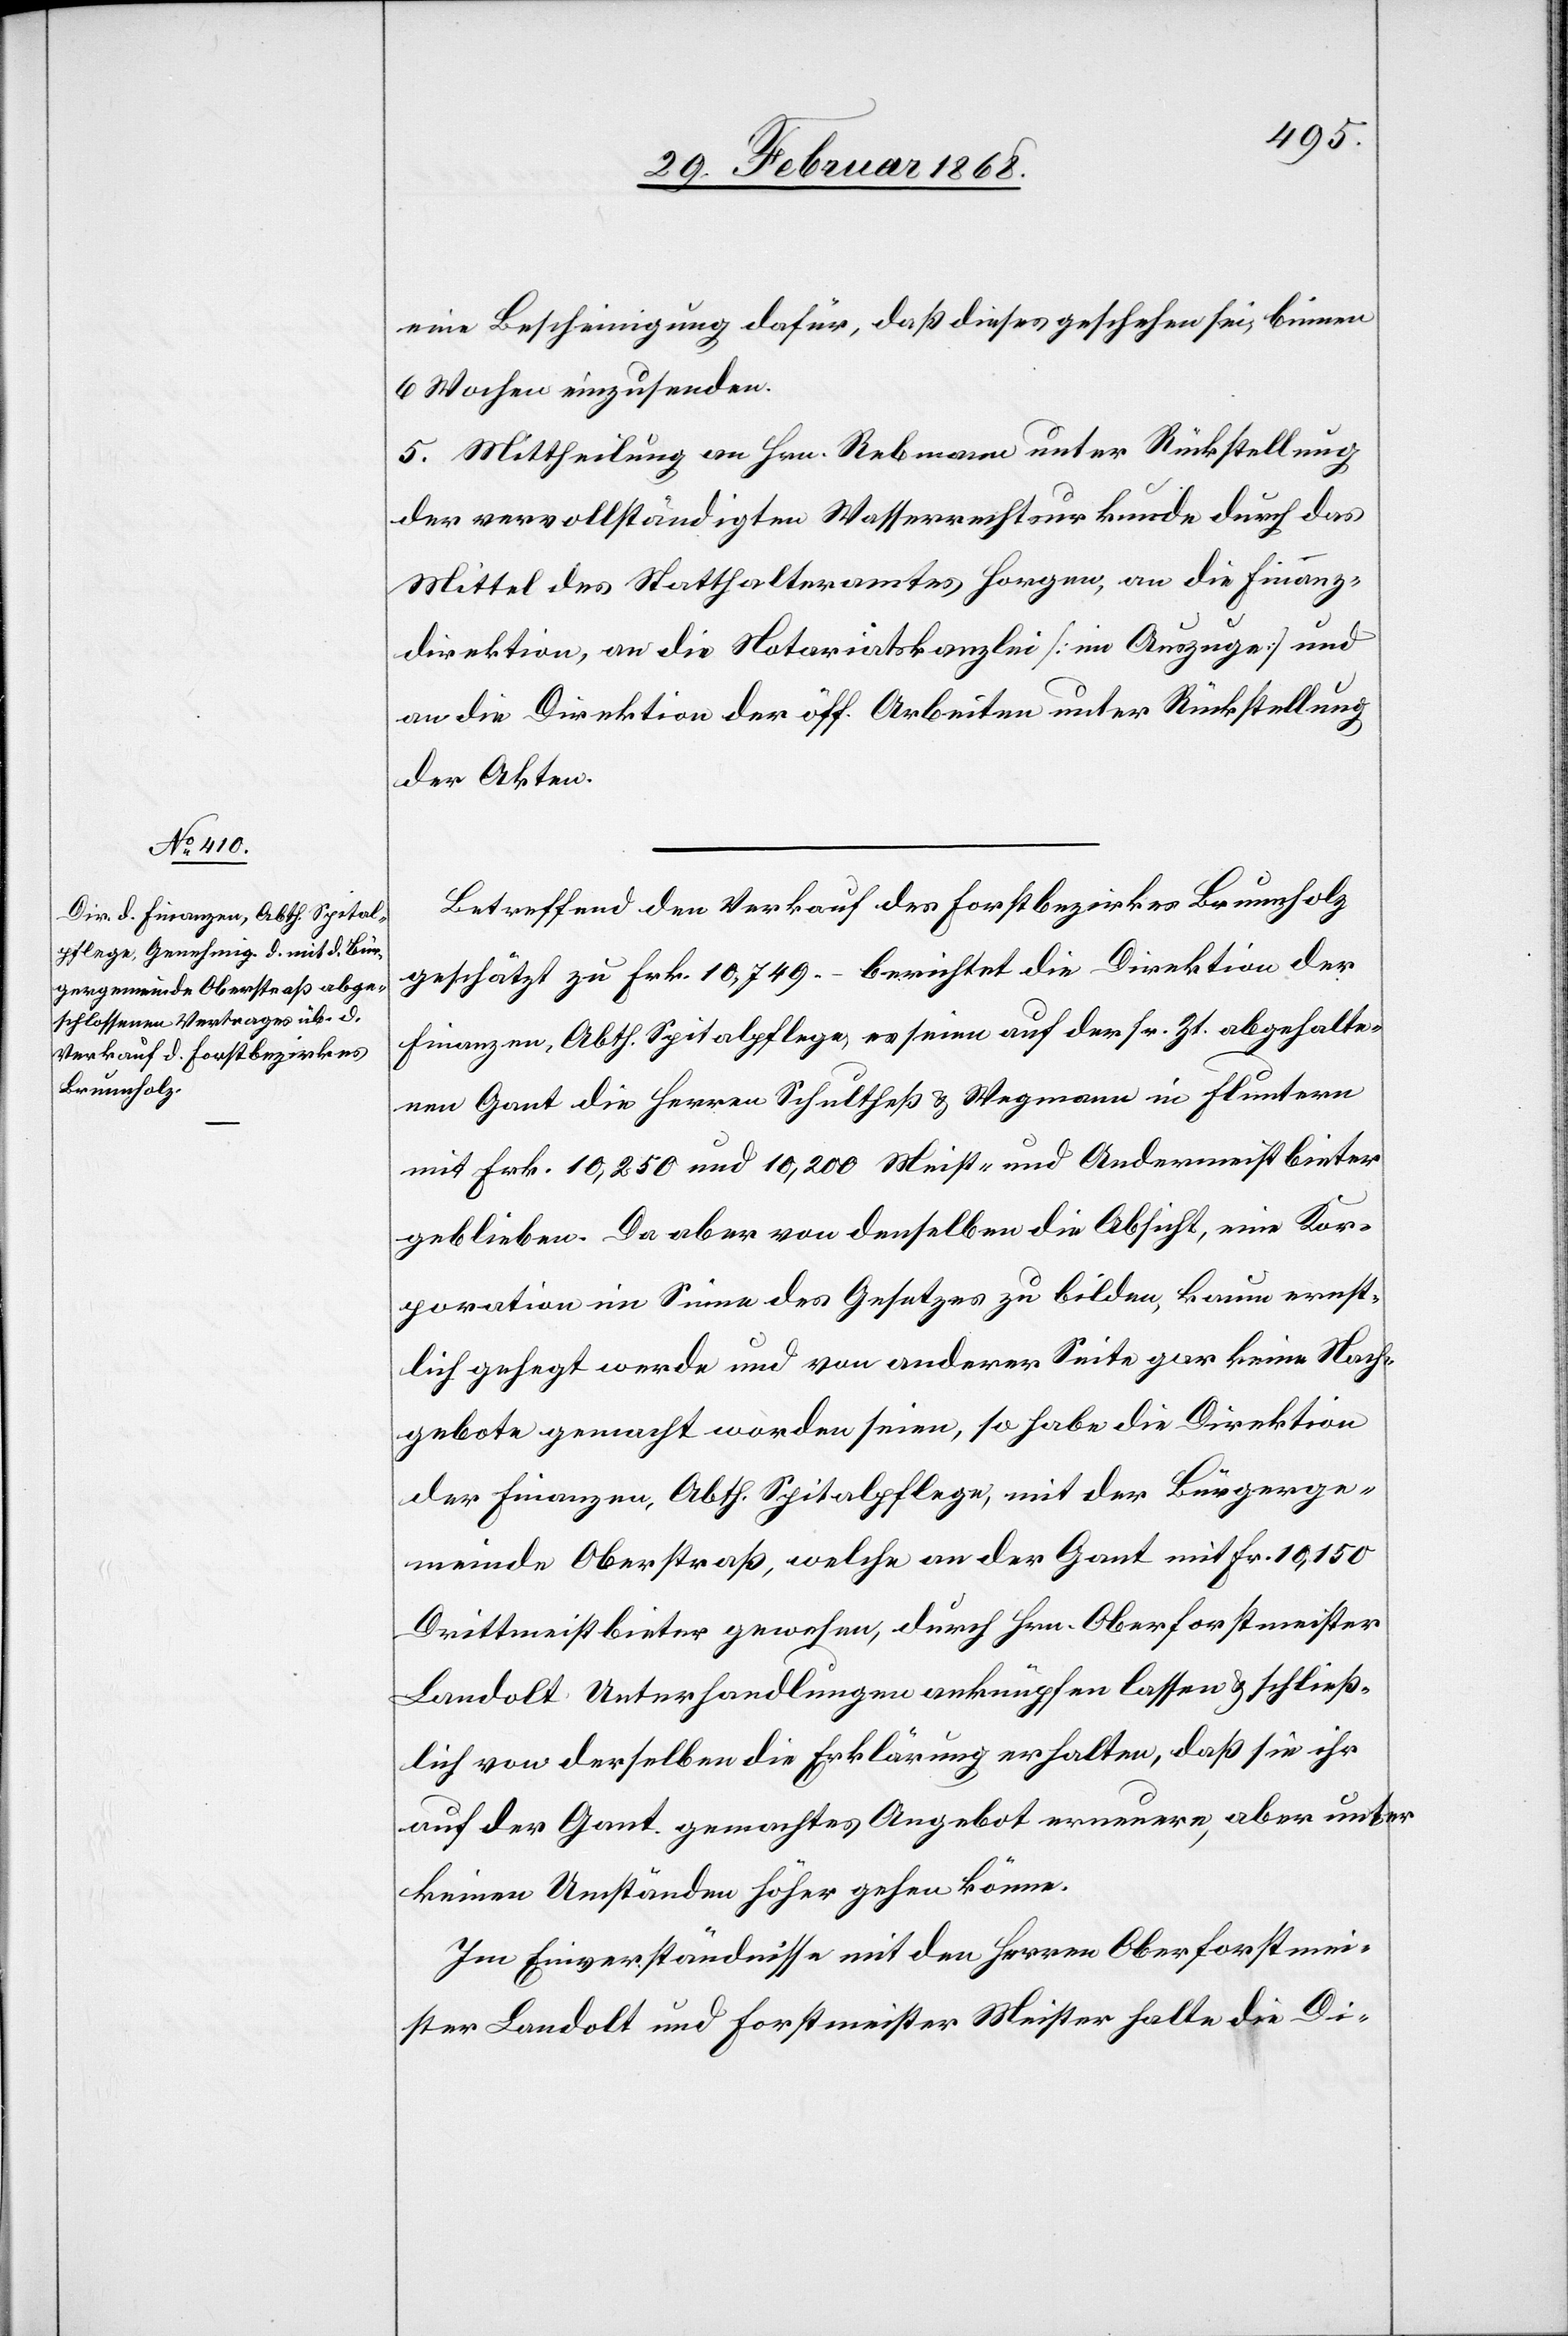
eine Bescheinigung dafür, daß dieses geschehen sei, binnen
6 Wochen einzusenden.
5. Mittheilung an Hrn. Rebmann unter Rückstellung
der vervollständigten Wasserrechtsurkunde durch das
Mittel des Statthalteramtes Horgen, an die Finanz¬
direktion, an die Notariatskanzlei [im Auszuge] und
an die Direktion der öff. Arbeiten unter Rückstellung
der Akten.
Betreffend den Verkauf des Forstbezirkes Brunnholz
geschätzt zu Frk. 10,749. – berichtet die Direktion der
Finanzen, Abth. Spitalpflege, es seien auf der sr. Zt. abgehalte¬
nen Gant die Herren Schultheß & Wegmann in Fluntern
mit Frk. 10,250 und 10,200 Meist- und Andermeistbieter
geblieben. Da aber von denselben die Absicht, eine Kor¬
poration im Sinne des Gesetzes zu bilden, kaum ernst¬
lich gehegt werde und von anderer Seite gar keine Nach¬
gebote gemacht worden seien, so habe die Direktion
der Finanzen, Abth. Spitalpflege, mit der Bürgerge¬
meinde Oberstraß, welche an der Gant mit Fr. 10,150
Drittmeistbieter gewesen, durch Hrn. Oberforstmeister
Landolt Unterhandlungen anknüpfen lassen & schließ¬
lich von derselben die Erklärung erhalten, daß sie ihr
auf der Gant gemachtes Angebot erneuere, aber unter
keinen Umständen höher gehen könne.
Im Einverständnisse mit den Herren Oberforstmei¬
ster Landolt und Forstmeister Meister halte die Di-